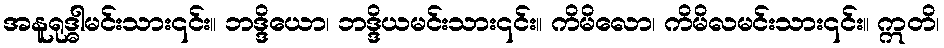
အနူရုဒ္ဓါမင်းသား၎င်း။ ဘဒ္ဒိယော၊ ဘဒ္ဒိယမင်းသား၎င်း။ ကိမိလော၊ ကိမိလမင်းသား၎င်း။ ဣတိ၊